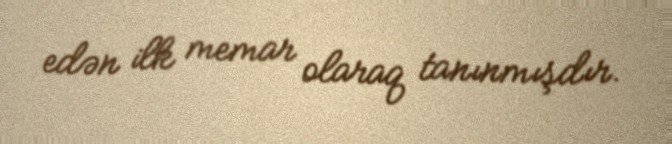
edən ilk memar olaraq tanınmışdır.